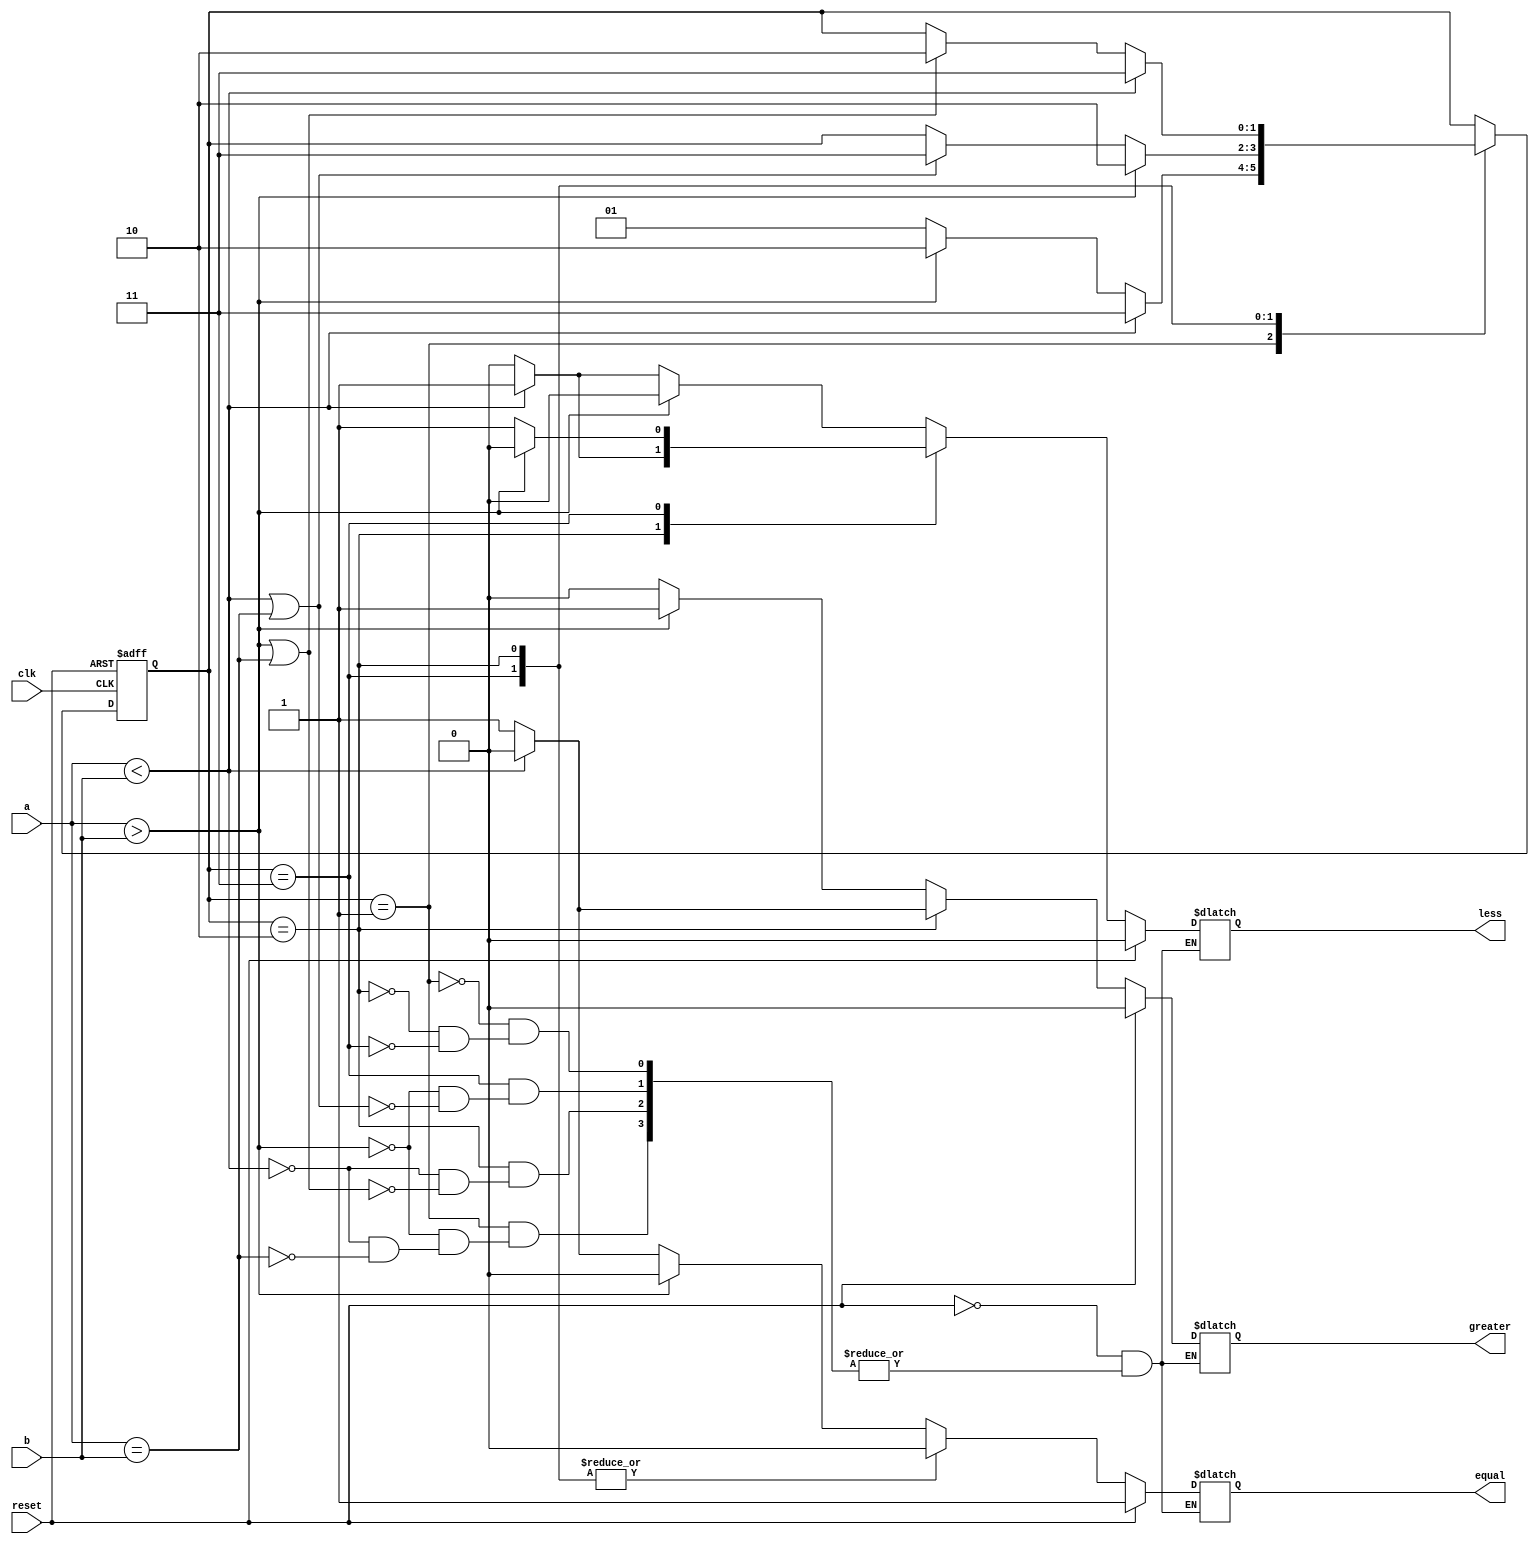
`define GREATER 3'b010
`define EQUAL 3'b001
`define LESS 3'b011
module comp(reset,clk,a,b,greater,equal,less);
input reset,clk,a,b;
output reg greater,less,equal;
reg[1:0] state;
always @(posedge clk,posedge reset) begin
if(reset)
state<=`EQUAL;
else
case(state)
`EQUAL:
if(a<b)
state<=`LESS ;
else if(a>b)
state<=`GREATER;
else
state<=`EQUAL;
`LESS:
if(a>b)
state<=`GREATER;
else if(a<b | a==b)
state<=`LESS;
`GREATER:
if(a<b)
state<=`LESS;
else if(a>b | a==b)
state<=`GREATER;
endcase
end

always@(*) begin
if(reset) begin
less<=0;
greater<=0;
equal<=1;end
else begin
case(state)
`EQUAL:
if(a>b) begin
greater<=1;
less<=0;
equal<=0;end

else if(a<b) begin
greater<=0;
less<=1;
equal<=0;end

else if(a==b) begin
greater<=0;
less<=0;
equal<=1;end

`GREATER:
 if(a<b) begin
greater<=0;
less<=1;
equal<=0;end
else if(a==b | a>b) begin
greater<=1;
less<=0;
equal<=0;end

`LESS:
if(a>b) begin
greater<=1;
less<=0;
equal<=0;end
else if(a<b | a==b) begin
greater<=0;
less<=1;
equal<=0;end

endcase
end
end
endmodule